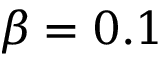
\beta = 0 . 1